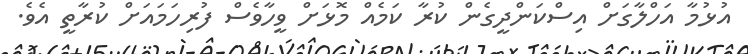
އުޅުމާ އަހްލާގަށް އިސްކަންދީގެން ކުރާ ކަމެއް މޮޅަށް ވީހާވެސް ފުރިހަމައަށް ކުރާތީ އެވެ.